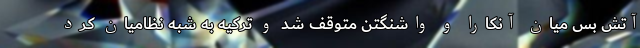
آتش بس میان آنکارا و واشنگتن متوقف شد و ترکیه به شبه نظامیان کُرد